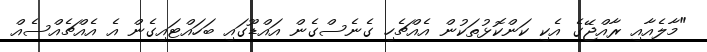
"މާލެއާއި ރާއްޖޭގެ އެކި ކަންކޮޅުތަކުން އެއްޗެހި ގެނެސްގެން އައްޑޫގައި ބަހައްޓައިގެން އެ އެއްޗެއްސެއް